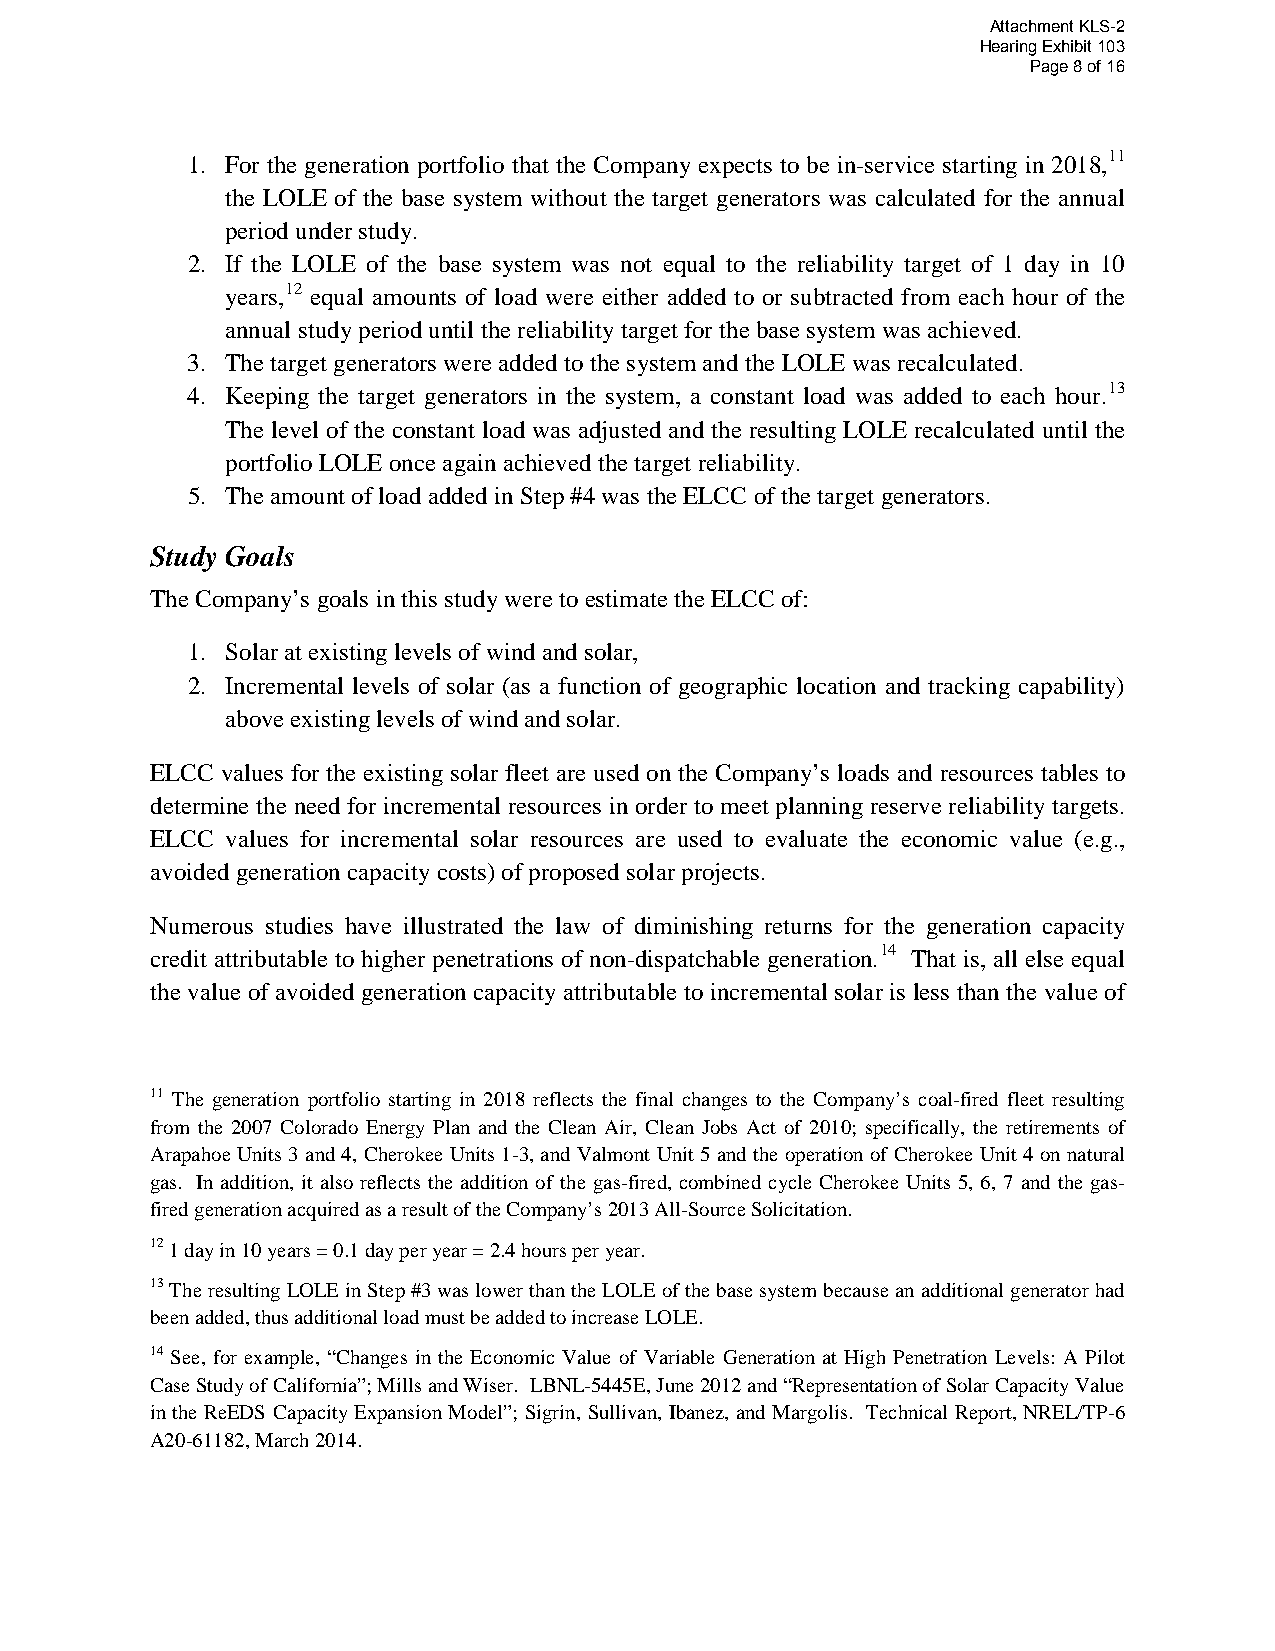
Attachment KLS-2
 Hearing Exhibit 103
 Page 8 of 16
 1. For the generation portfolio that the Company expects to be in-service starting in 2018,11
 the LOLE of the base system without the target generators was calculated for the annual
 period under study.
 2. If the LOLE of the base system was not equal to the reliability target of 1 day in 10
 years,12 equal amounts of load were either added to or subtracted from each hour of the
 annual study period until the reliability target for the base system was achieved.
 3. The target generators were added to the system and the LOLE was recalculated.
 4. Keeping the target generators in the system, a constant load was added to each hour.13
 The level of the constant load was adjusted and the resulting LOLE recalculated until the
 portfolio LOLE once again achieved the target reliability.
 5. The amount of load added in Step #4 was the ELCC of the target generators.
 Study Goals
 The Company’s goals in this study were to estimate the ELCC of:
 1. Solar at existing levels of wind and solar,
 2. Incremental levels of solar (as a function of geographic location and tracking capability)
 above existing levels of wind and solar.
 ELCC values for the existing solar fleet are used on the Company’s loads and resources tables to
 determine the need for incremental resources in order to meet planning reserve reliability targets.
 ELCC values for incremental solar resources are used to evaluate the economic value (e.g.,
 avoided generation capacity costs) of proposed solar projects.
 Numerous studies have illustrated the law of diminishing returns for the generation capacity
 credit attributable to higher penetrations of non-dispatchable generation.14 That is, all else equal
 the value of avoided generation capacity attributable to incremental solar is less than the value of
 11 The generation portfolio starting in 2018 reflects the final changes to the Company’s coal-fired fleet resulting
 from the 2007 Colorado Energy Plan and the Clean Air, Clean Jobs Act of 2010; specifically, the retirements of
 Arapahoe Units 3 and 4, Cherokee Units 1-3, and Valmont Unit 5 and the operation of Cherokee Unit 4 on natural
 gas. In addition, it also reflects the addition of the gas-fired, combined cycle Cherokee Units 5, 6, 7 and the gas-
 fired generation acquired as a result of the Company’s 2013 All-Source Solicitation.
 12 1 day in 10 years = 0.1 day per year = 2.4 hours per year.
 13 The resulting LOLE in Step #3 was lower than the LOLE of the base system because an additional generator had
 been added, thus additional load must be added to increase LOLE.
 14 See, for example, “Changes in the Economic Value of Variable Generation at High Penetration Levels: A Pilot
 Case Study of California”; Mills and Wiser. LBNL-5445E, June 2012 and “Representation of Solar Capacity Value
 in the ReEDS Capacity Expansion Model”; Sigrin, Sullivan, Ibanez, and Margolis. Technical Report, NREL/TP-6
 A20-61182, March 2014.